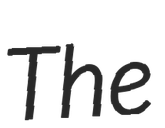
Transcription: The